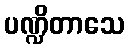
ပဏ္ဍိတာသေ